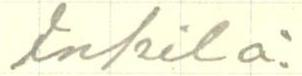
Inkilä.